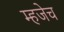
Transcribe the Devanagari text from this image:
म्हजेच